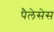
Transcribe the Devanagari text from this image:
पैलेसेस